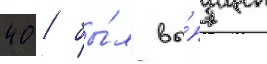
40 / бы́л вы́пущен